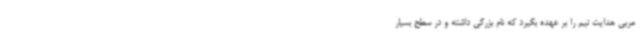
مربی هدایت تیم را بر عهده بگیرد که نام بزرگی داشته و در سطح بسیار